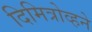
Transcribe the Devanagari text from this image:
दिमित्रोव्हने